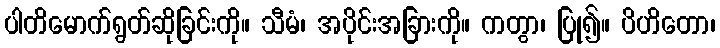
ပါတိမောက်ရွတ်ဆိုခြင်းကို။ သီမံ၊ အပိုင်းအခြားကို။ ကတွာ၊ ပြု၍။ ပိဟိတော၊